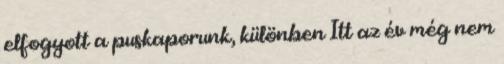
elfogyott a puskaporunk, különben Itt az év még nem